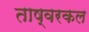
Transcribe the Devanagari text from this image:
ताष्वरकल